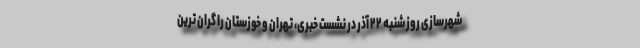
شهرسازی روز شنبه ۲۲ آذر در نشست خبری، تهران و خوزستان را گران ترین